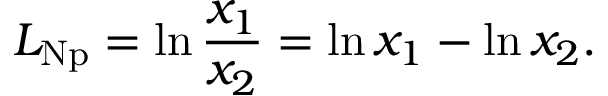
L _ { \mathrm { { N p } } } = \ln { \frac { x _ { 1 } } { x _ { 2 } } } = \ln x _ { 1 } - \ln x _ { 2 } .